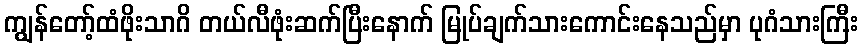
ကျွန်တော့်ထံဖိုးသာဂိ တယ်လီဖုံးဆက်ပြီးနောက် မြုပ်ချက်သားကောင်းနေသည်မှာ ပုဂံသားကြီး